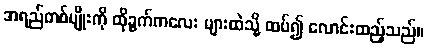
အရည်တစ်မျိုးကို ထိုခွက်ကလေး များထဲသို့ ထပ်၍ လောင်းထည့်သည်။